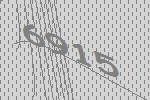
6915